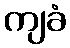
ကျခံ